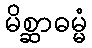
မိစ္ဆာဓမ္မံ